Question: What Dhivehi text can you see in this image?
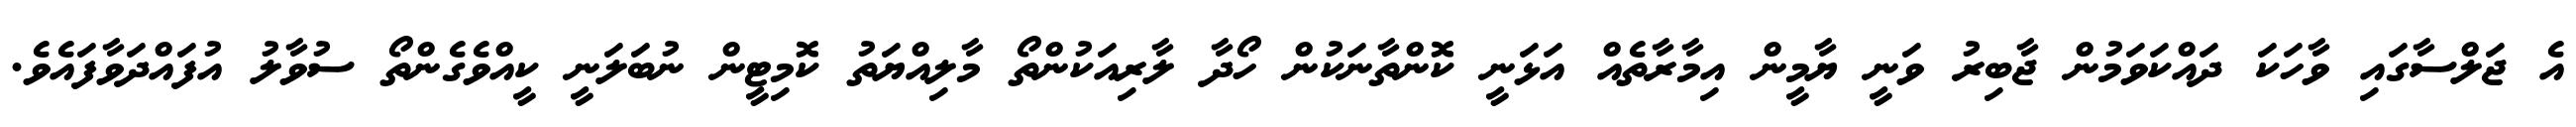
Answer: އެ ޖަލްސާގައި ވާހަކަ ދައްކަވަމުން ޖާބިރު ވަނީ ޔާމީން އިމާރާތެއް އަޅަނީ ކޮންތާނަކުން ހޯދާ ލާރިއަކުންތޯ މާލިއްޔަތު ކޮމިޓީން ނުބަލަނީ ކީއްވެގެންތޯ ސުވާލު އުފައްދަވާފައެވެ.